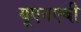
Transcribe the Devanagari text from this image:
यूएनएबी